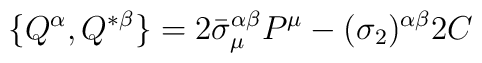
\{Q^\alpha, Q^{*\beta}\} = 2\bar\sigma_\mu^{\alpha\beta} P^\mu-(\sigma_2)^{\alpha\beta} 2C